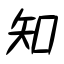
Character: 知